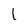
Character: l